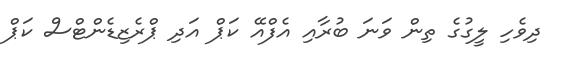
ދިވެހި ލީގުގެ ތިން ވަނަ ބުރާއި އެފްއޭ ކަޕް އަދި ޕްރެޒިޑެންޓްސް ކަޕް